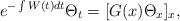
LaTeX: \begin{align*}e^{-\int W(t)dt}\Theta_t=[G(x)\Theta_x]_x,\end{align*}